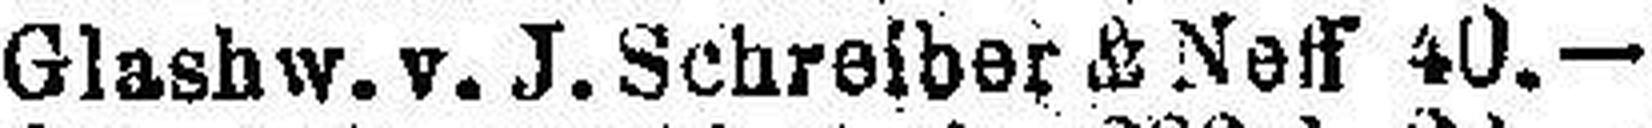
Glashw. v. J. Schreiber & Neff 40.—